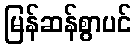
မြန်ဆန်စွာပင်